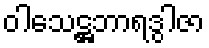
ဝါသေဋ္ဌဘာရဒွါဇာ